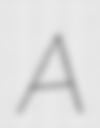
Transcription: A